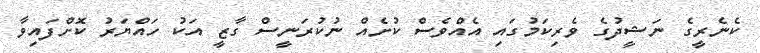
ކެނެރީގެ ނަޝީދުގެ ވެރިކަމުގައި އެއްވެސް ކުށެއް ނުކުރަނީސް ގާޒީ އަކު ހައްޔަރު ކޮށްފައިވާ